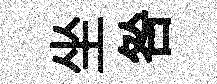
坐咎